Scottish Leaving Certificate Examination, 1961
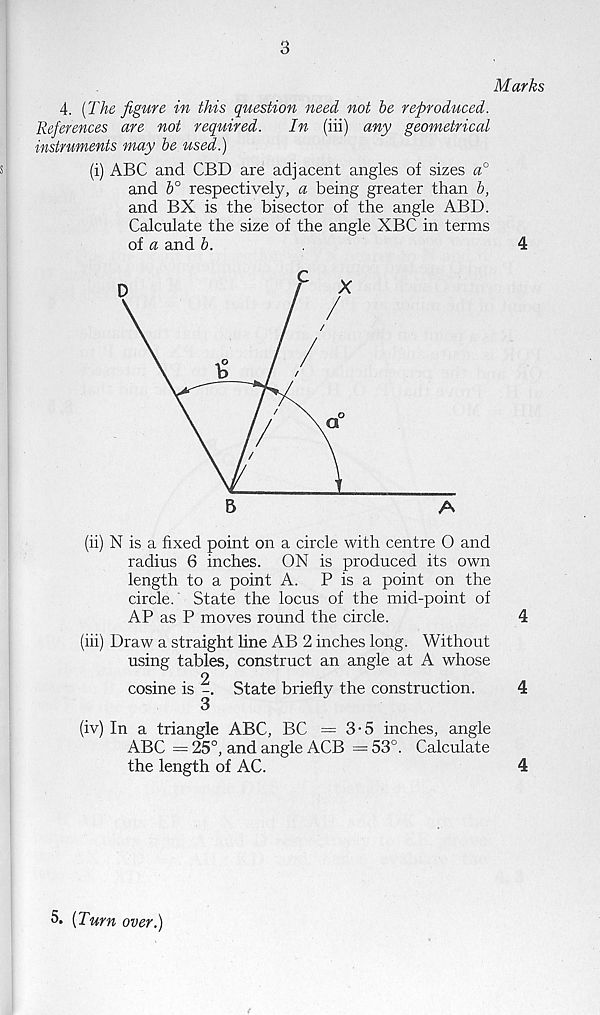
3
Marks
4. [The figure in this question need not be reproduced.
References are not required.
In (iii) any geometrical
instruments may be used.)
s
(i) ABC and CBD are adjacent angles of sizes a°
and b° respectively, a being greater than b,
and BX is the bisector of the angle ABD.
Calculate the size of the angle XBC in terms
of a and b.
4
(ii) N is a fixed point on a circle with centre 0 and
radius 6 inches. ON is produced its own
length to a point A. P is a point on the
circle. State the locus of the mid-point of
AP as P moves round the circle.
4
(iii) Draw a straight line AB 2 inches long. Without
using tables, construct an angle at A whose
2
cosine is -. State briefly the construction.
4
(iv) In a triangle ABC, BC — 3-5 inches, angle
ABC = 25°, and angle ACB = 53°. Calculate
the length of AC.
4
5. [Turn over.)